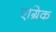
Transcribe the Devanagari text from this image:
एग्रिक